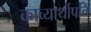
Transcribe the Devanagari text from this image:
काव्यार्थापत्ति